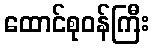
ထောင်စုဝန်ကြီး